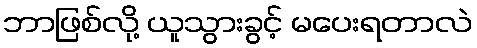
ဘာဖြစ်လို့ ယူသွားခွင့် မပေးရတာလဲ